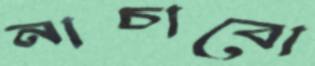
নাচাবো